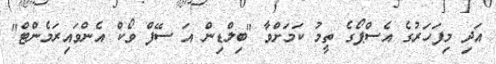
އަދި މިފަހަރުގެ އެސްޕޯގެ ތީމު ކަމަށްވާ "ބިލްޑިން އަ ސޭފް ވޯކް އެންވައިރަމެންޓް"